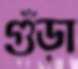
গুঁড়া